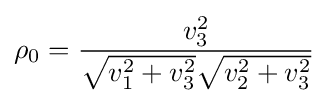
\rho _{0}={\frac {v_{3}^{2}}{{\sqrt {v_{1}^{2}+v_{3}^{2}}}{\sqrt {v_{2}^{2}+v_{3}^{2}}}}}